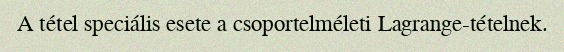
A tétel speciális esete a csoportelméleti Lagrange-tételnek.